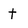
Character: t